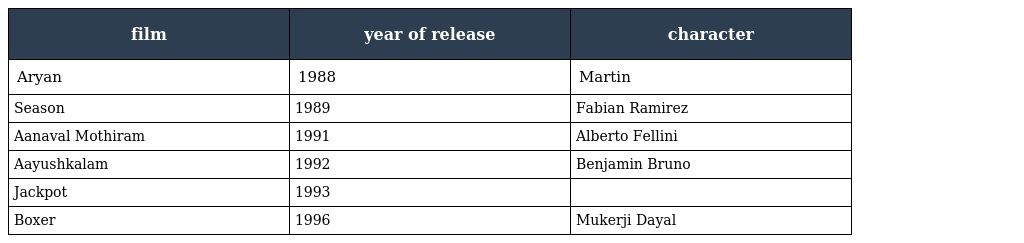
| film | year of release | character |
 | --- | --- | --- |
 | Aryan | 1988 | Martin |
 | Season | 1989 | Fabian Ramirez |
 | Aanaval Mothiram | 1991 | Alberto Fellini |
 | Aayushkalam | 1992 | Benjamin Bruno |
 | Jackpot | 1993 |  |
 | Boxer | 1996 | Mukerji Dayal |